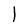
Character: l